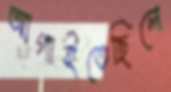
আগাইতেছিলে